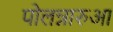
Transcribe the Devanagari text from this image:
पोलन्नारुआ